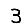
Digit: 3